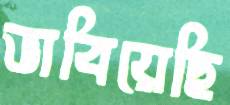
ভাবিয়েছি